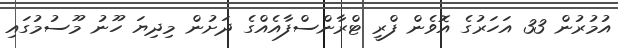
އުމުރުން 33 އަހަރުގެ އޮވެން ފްރީ ޓްރާންސްފާއެއްގެ ދަށުން މިދިޔަ ހޫނު މޫސުމުގައި